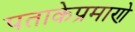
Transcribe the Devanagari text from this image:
पताकेप्रमाणे